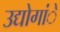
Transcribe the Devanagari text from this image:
उद्योगांे